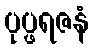
ပုပ္ဖရဇနံ